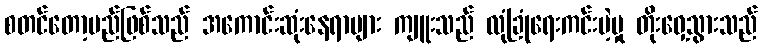
စတင်တော့မည်ဖြစ်သည် အကောင်းဆုံးနေရာများ ကျူးသည် လုံခြုံရေးကင်းမဲ့မှု တိုးဝှေ့သွားသည်